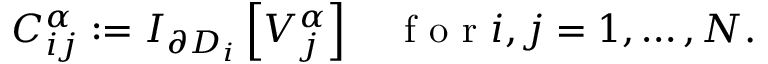
C _ { i j } ^ { \alpha } : = I _ { \partial D _ { i } } \left[ V _ { j } ^ { \alpha } \right] \quad \mathrm { ~ f ~ o ~ r ~ } i , j = 1 , \dots , N .